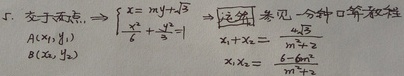
5. 交于两点，\(\Rightarrow\)
\[\begin{cases}
x = my+\sqrt{3}\\
\frac{x^{2}}{6}+\frac{y^{2}}{3}=1
\end{cases}\]
（注： 参见“一种口算教程”）。设\(A(x_1,y_1)\)，\(B(x_2,y_2)\)，则
\[x_1 + x_2=\frac{-2\sqrt{3}m}{m^{2}+2}\]
\[x_1x_2=\frac{6 - 6m^{2}}{m^{2}+2}\]